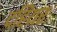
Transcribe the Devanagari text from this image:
दहियर